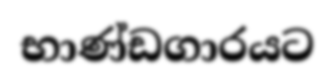
භාණ්ඩගාරයට